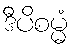
ဒီပိစမ္မံ